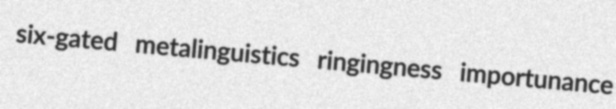
six-gated metalinguistics ringingness importunance